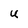
Character: u